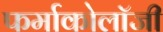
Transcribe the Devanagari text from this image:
फर्माकोलॉजी